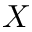
X